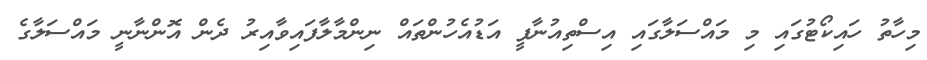
މިހާތު ހައިކޯޓުގައި މި މައްސަލާގައި އިސްތިއުނާފީ އަޑުއެހުންތައް ނިންމާލާފައިވާއިރު ދެން އޮންނާނީ މައްސަލާގެ